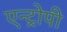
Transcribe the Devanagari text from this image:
एन्ट्रोपी